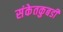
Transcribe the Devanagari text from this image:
संकेतकुबडी